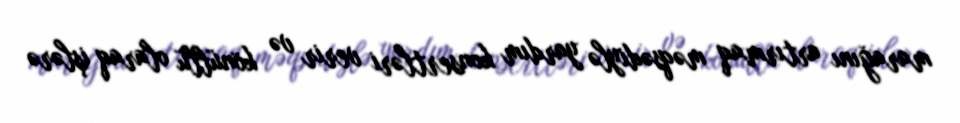
marağını artırmaq məqsədiylə yardım konsertləri verir və könüllü olaraq işlərə